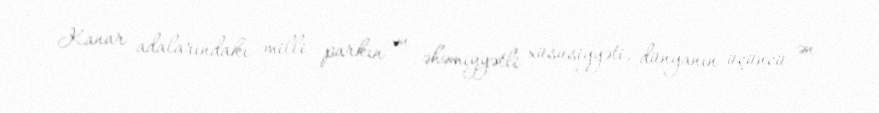
Kanar adalarındakı milli parkın ən əhəmiyyətli xüsusiyyəti, dünyanın üçüncü ən